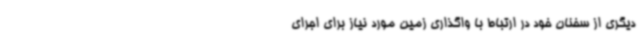
دیگری از سخنان خود در ارتباط با واگذاری زمین مورد نیاز برای اجرای